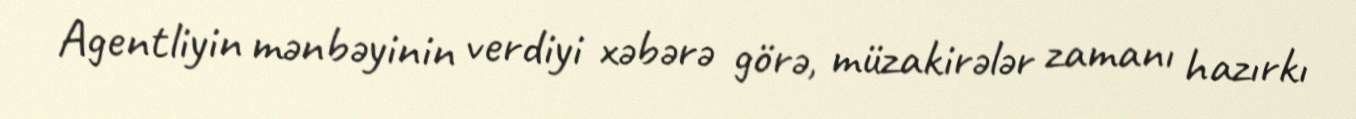
Agentliyin mənbəyinin verdiyi xəbərə görə, müzakirələr zamanı hazırkı